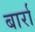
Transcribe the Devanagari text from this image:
बार्रा